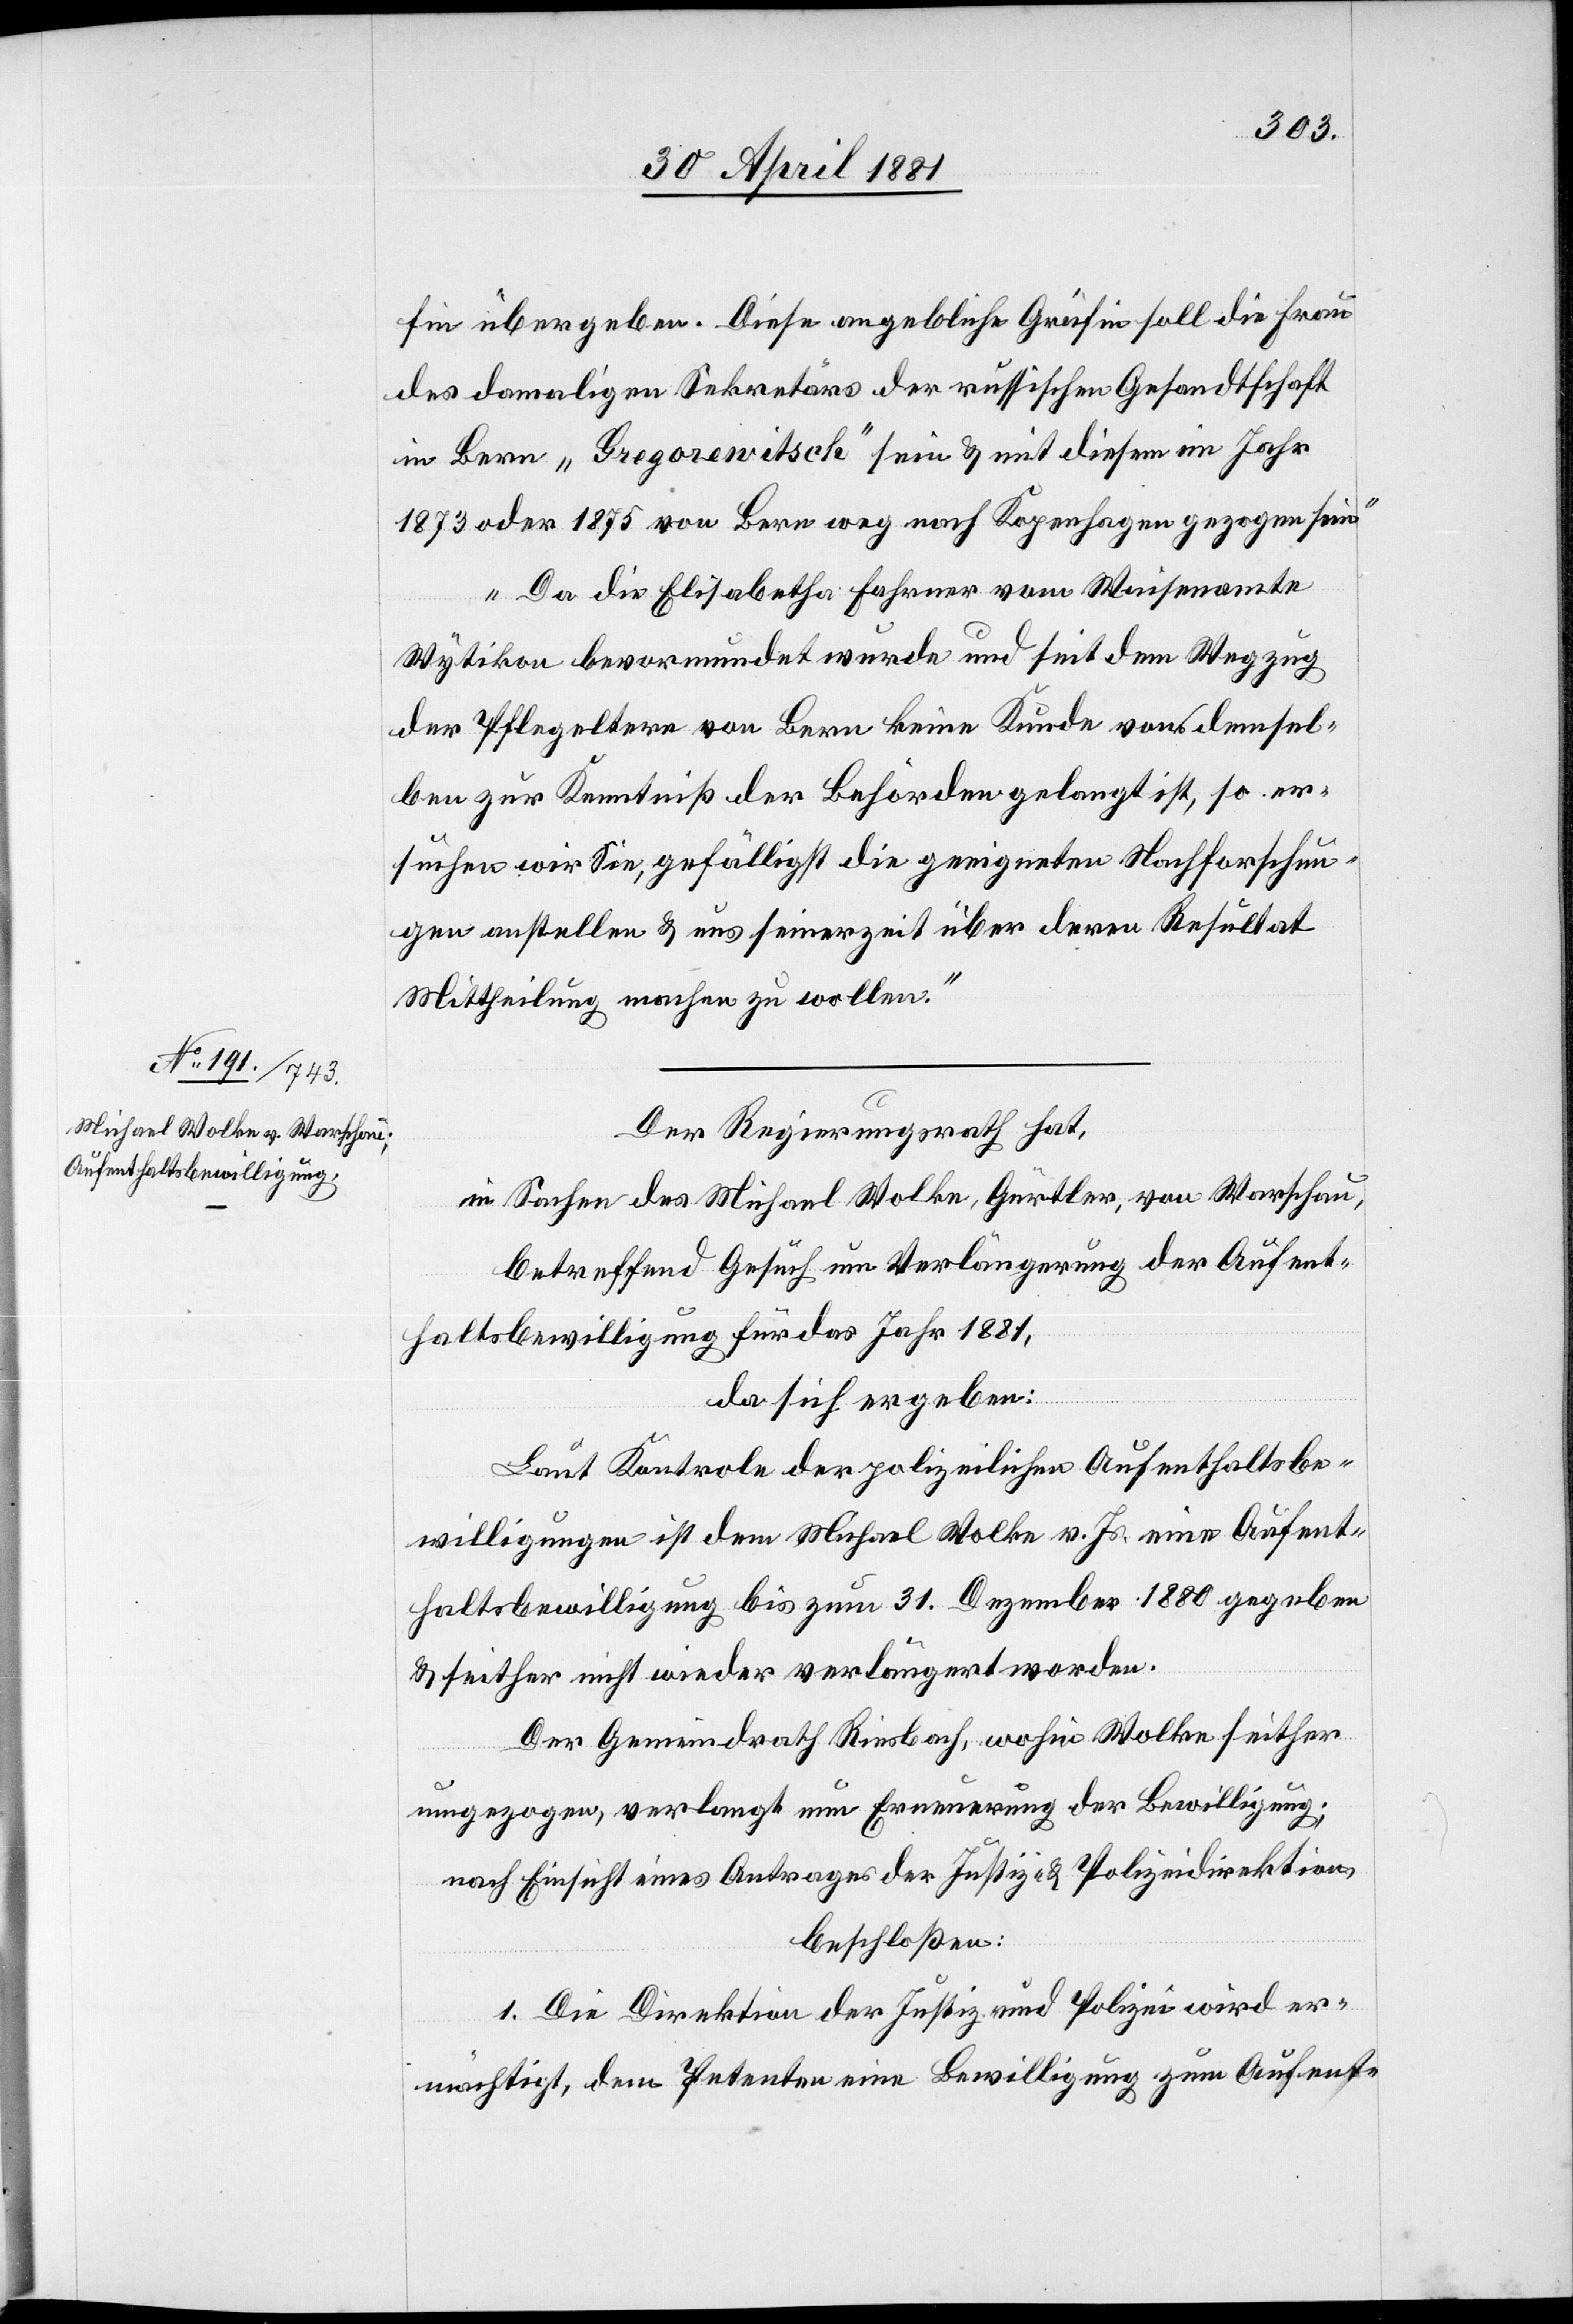
fin übergeben. Diese angebliche Gräfin soll die Frau
des damaligen Sekretärs der russischen Gesandtschaft
in Bern „Gregorewitsch“ sein & mit diesem im Jahr
1873 oder 1875 von Bern weg nach Kopenhagen gezogen sein.
Da die Elisabetha Fahrner vom Waisenamte
Wytikon bevormundet wurde und seit dem Wegzug
der Pflegeltern von Bern keine Kunde von densel¬
ben zur Kenntniß der Behörden gelangt ist, so er¬
suchen wir Sie, gefälligst die geeigneten Nachforschun¬
gen anstellen & uns seinerzeit über deren Resultat
Mittheilung machen zu wollen.“
Der Regierungsrath hat,
in Sachen des Michael Wolke, Gürtler, von Warschau,
betreffend Gesuch um Verlängerung der Aufent¬
haltsbewilligung für das Jahr 1881,
da sich ergeben:
Laut Kontrole der polizeilichen Aufenthaltsbe¬
willigungen ist dem Michael Wolke v. Js. eine Aufent¬
haltsbewilligung bis zum 31. Dezember 1880 gegeben
& seither nicht wieder verlängert worden.
Der Gemeindrath Riesbach, wohin Wolke seither
umgezogen, verlangt nun Erneuerung der Bewilligung;
nach Einsicht eines Antrages der Justiz- & Polizeidirektion,
beschloßen:
1. Die Direktion der Justiz und Polizei wird er¬
mächtigt, dem Petenten eine Bewilligung zum Aufent-